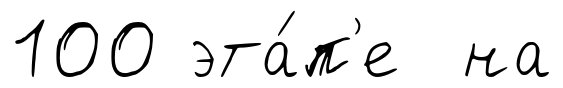
100 эта́п'е на